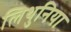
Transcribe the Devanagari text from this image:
लिथुनिया